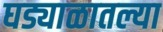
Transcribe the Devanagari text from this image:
घड्याळातल्या